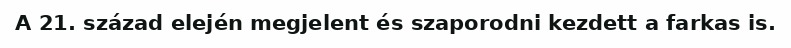
A 21. század elején megjelent és szaporodni kezdett a farkas is.